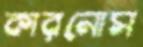
কারনোস